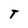
Character: T